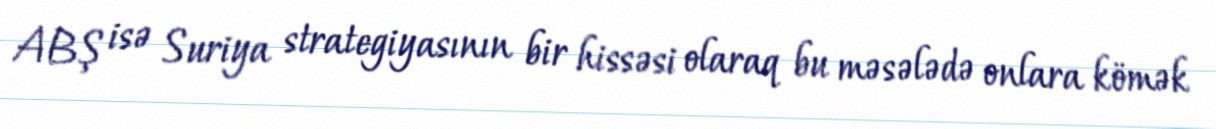
ABŞ isə Suriya strategiyasının bir hissəsi olaraq bu məsələdə onlara kömək